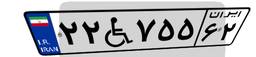
۲۲W۷۵۵۶۲